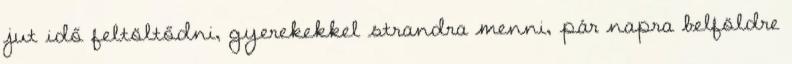
jut idő feltöltődni, gyerekekkel strandra menni, pár napra belföldre